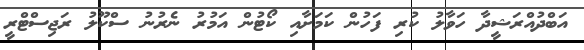
އަބްދުއްރަޝީދާ ހަވާލު ކުރި ފަހުން ކަމަށާއި ކޯޓުން އަމުރު ނެރުނު ސްކޫލު ރަޖިސްޓްރީ